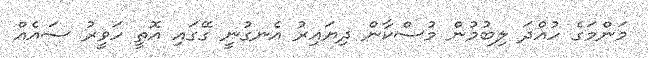
މަންމަގެ ހުއްދަ ލިބުމުން މުސްކާން ދިޔައިރު އެނގުނީ ގޭގައި އޮތީ ހަވީރު ސައެއް